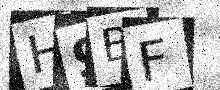
Text: H9BF